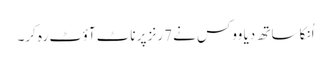
اُنکا ساتھ دیا ووکس نے 7رنز پر ناٹ آؤٹ رہ کر۔